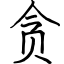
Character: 贪